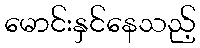
မောင်းနှင်နေသည့်